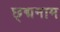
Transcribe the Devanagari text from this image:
छ्द्मनाम